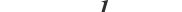
١٩